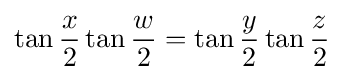
\tan {\frac {x}{2}}\tan {\frac {w}{2}}=\tan {\frac {y}{2}}\tan {\frac {z}{2}}